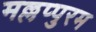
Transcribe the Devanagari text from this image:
मल्लप्पुरम